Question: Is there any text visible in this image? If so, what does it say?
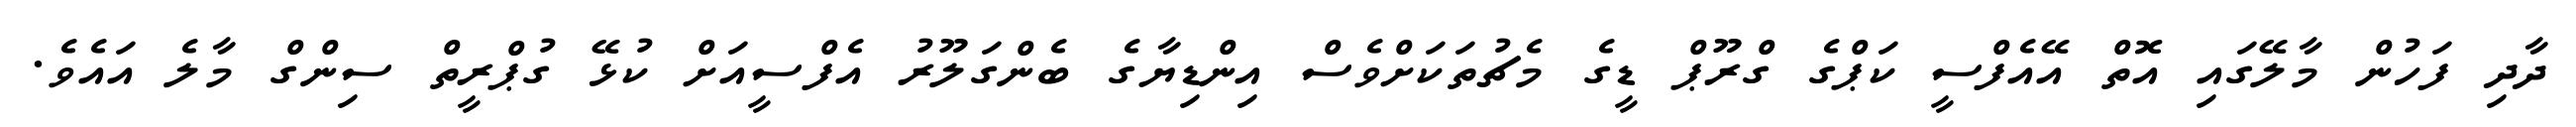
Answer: ދާދި ފަހުން މާލޭގައި އޮތް އޭއެފްސީ ކަޕްގެ ގްރޫޕް ޑީގެ މެޗުތަކަށްވެސް އިންޑިޔާގެ ބެންގަލޫރު އެފްސީއަށް ކުޅޭ ގުޕްރީތް ސިންގް މާލެ އައެވެ.